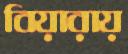
বিয়ারায়